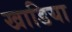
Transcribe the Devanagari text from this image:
खाडिया